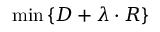
\operatorname* { m i n } \left\{ D + \lambda \cdot R \right\}